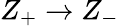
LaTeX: {Z_{+}}\to{Z_{-}}